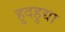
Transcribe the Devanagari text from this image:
हुदहुद्या